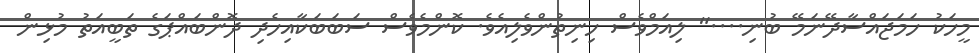
މީހަކު ހަމަޖައްސާދޭނަމޭ ބުނި...." ލިއަމްވެސް ހިނިތުންވެލިއެވެ. ކޮންމެވެސް ސަބަބަކާއިހެދި ދޮންބައްޕަގެ ތަބީއަތު މުޅިން